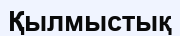
Қылмыстық